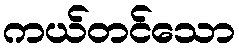
ကယ်တင်သော